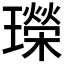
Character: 𤪤